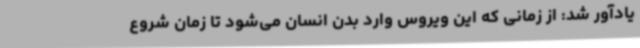
یادآور شد: از زمانی که این ویروس وارد بدن انسان می‌شود تا زمان شروع